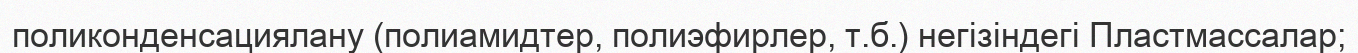
поликонденсациялану (полиамидтер, полиэфирлер, т.б.) негізіндегі Пластмассалар;